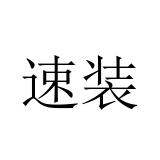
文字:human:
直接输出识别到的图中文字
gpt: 速装